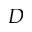
D